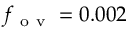
f _ { \mathrm { ~ o ~ v ~ } } = 0 . 0 0 2